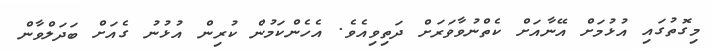
މިގޮތުގައި އުޅުމަށް އޭނާއަށް ކެތްނުވާވަރަށް ދަތިވިއެވެ. އެހެންކަމުން ކުރިން އުޅުނު ގެއަށް ބަދަލްވާން